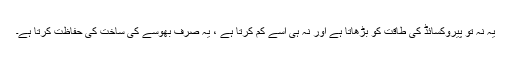
یہ نہ تو پیروکسائڈ کی طاقت کو بڑھاتا ہے اور نہ ہی اسے کم کرتا ہے ، یہ صرف بھوسے کی ساخت کی حفاظت کرتا ہے۔